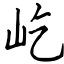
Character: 屹